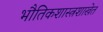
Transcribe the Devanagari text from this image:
भौतिकशास्त्रशाखेत